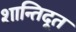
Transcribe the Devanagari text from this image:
शान्तिदूत